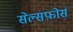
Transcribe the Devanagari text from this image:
सेल्सफ़ोर्स